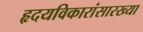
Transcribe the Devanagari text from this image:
हृदयविकारांसारख्या